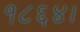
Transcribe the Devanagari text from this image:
१८६४।